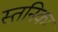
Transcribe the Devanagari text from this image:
स्तनिका